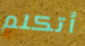
أتكلم